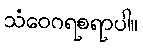
သံဝေဂရစရာပါ။